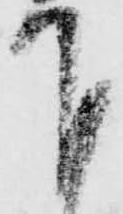
下